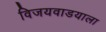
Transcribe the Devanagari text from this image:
विजयवाडयाला